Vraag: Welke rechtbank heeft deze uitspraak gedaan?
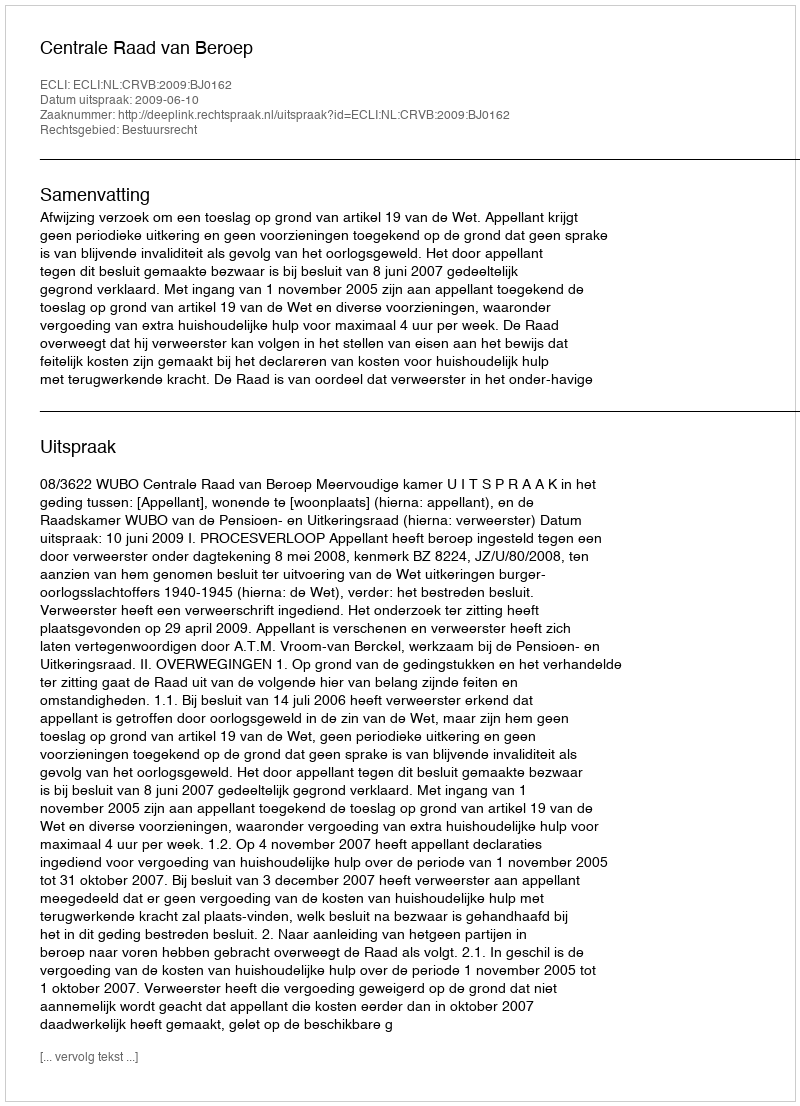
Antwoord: Centrale Raad van Beroep